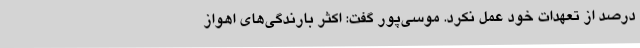
درصد از تعهدات خود عمل نکرد. موسی‌پور گفت: اکثر بارندگی‌های اهواز